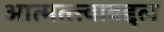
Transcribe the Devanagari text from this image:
आत्मतत्त्वाबद्दल